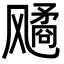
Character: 𬲆